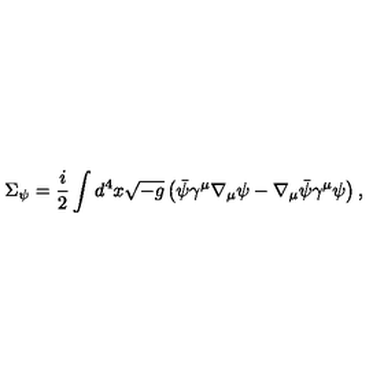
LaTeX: \Sigma _ { \psi } = \frac { i } { 2 } \int d ^ { 4 } x \sqrt { - g } \left( \bar { \psi } \gamma ^ { \mu } \nabla _ { \mu } \psi - \nabla _ { \mu } \bar { \psi } \gamma ^ { \mu } \psi \right) ,